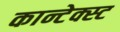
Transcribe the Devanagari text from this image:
कान्टेक्स्ट